Indian journal of veterinary science and animal husbandry - Volume 3,
Year: 1933
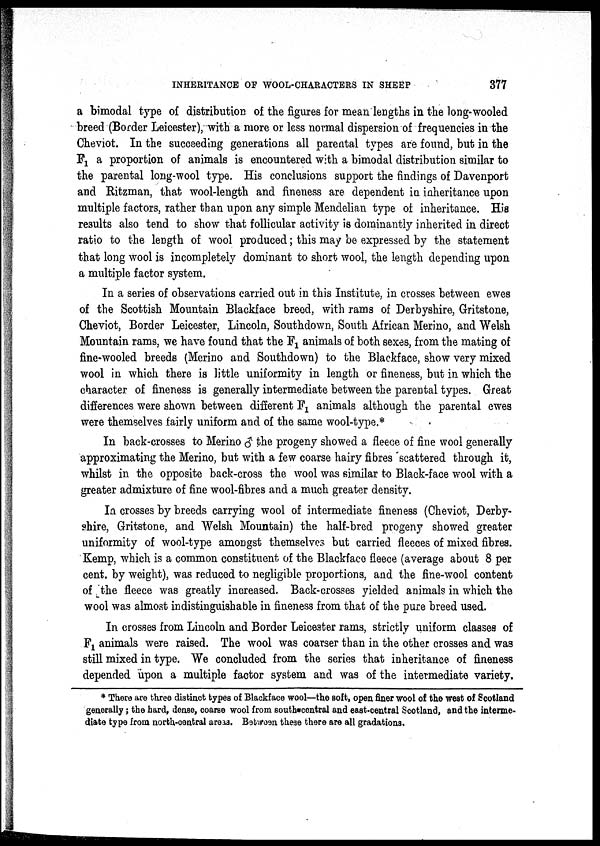
INHERITANCE OF WOOL-CHARACTERS IN SHEEP
377
a bimodal type of distribution of the figures for mean lengths in the long-wooled
breed (Border Leicester), with a more or less normal dispersion of frequencies in the
Cheviot. In the succeeding generations all parental types are found, but in the
F 1 a proportion of animals is encountered with a bimodal distribution similar to
the parental long-wool type. His conclusions support the findings of Davenport
and Ritzman, that wool-length and fineness are dependent in inheritance upon
multiple factors, rather than upon any simple Mendelian type of inheritance. His
results also tend to show that follicular activity is dominantly inherited in direct
ratio to the length of wool produced; this may be expressed by the statement
that long wool is incompletely dominant to short wool, the length depending upon
a multiple factor system.
In a series of observations carried out in this Institute, in crosses between ewes
of the Scottish Mountain Blackface breed, with rams of Derbyshire, Gritstone,
Cheviot, Border Leicester, Lincoln, Southdown, South African Merino, and Welsh
Mountain rams, we have found that the F 1 animals of both sexes, from the mating of
fine-wooled breeds (Merino and Southdown) to the Blackface, show very mixed
wool in which there is little uniformity in length or fineness, but in which the
character of fineness is generally intermediate between the parental types. Great
differences were shown between different F 1 animals although the parental ewes
were themselves fairly uniform and of the same wool-type.*
In back-crosses to Merino ♂ the progeny showed a fleece of fine wool generally
approximating the Merino, but with a few coarse hairy fibres scattered through it,
whilst in the opposite back-cross the wool was similar to Black-face wool with a
greater admixture of fine wool-fibres and a much greater density.
In crosses by breeds carrying wool of intermediate fineness (Cheviot, Derby-
shire, Gritstone, and Welsh Mountain) the half-bred progeny showed greater
uniformity of wool-type amongst themselves but carried fleeces of mixed fibres.
Kemp, which is a common constituent of the Blackface fleece (average about 8 per
cent. by weight), was reduced to negligible proportions, and the fine-wool content
of the fleece was greatly increased. Back-crosses yielded animals in which the
wool was almost indistinguishable in fineness from that of the pure breed used.
In crosses from Lincoln and Border Leicester rams, strictly uniform classes of
F 1 animals were raised. The wool was coarser than in the other crosses and was
still mixed in type. We concluded from the series that inheritance of fineness
depended upon a multiple factor system and was of the intermediate variety.
* There are three distinct types of Blackface wool—the soft, open finer wool of the west of Scotland
generally; the hard, dense, coarse wool from south central and east-central Scotland, and the interme-
diate type from north-central areas. Between these there are all gradations.